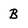
Character: B